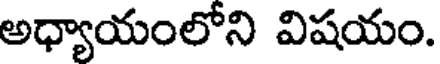
అధ్యాయంలోని విషయం.